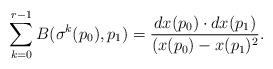
LaTeX: \begin{align*} \sum_{k=0}^{r-1}B(\sigma^k(p_0),p_1)=\frac{dx(p_0)\cdot dx(p_1)}{(x(p_0)-x(p_1)^2}.\end{align*}